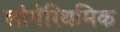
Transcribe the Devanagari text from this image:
लोगॅरिथमिक